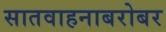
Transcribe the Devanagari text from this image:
सातवाहनाबरोबर